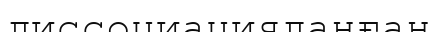
диссоциацияланған